Report on certain features of malaria in the island of Salsette
Disease focus: Malaria
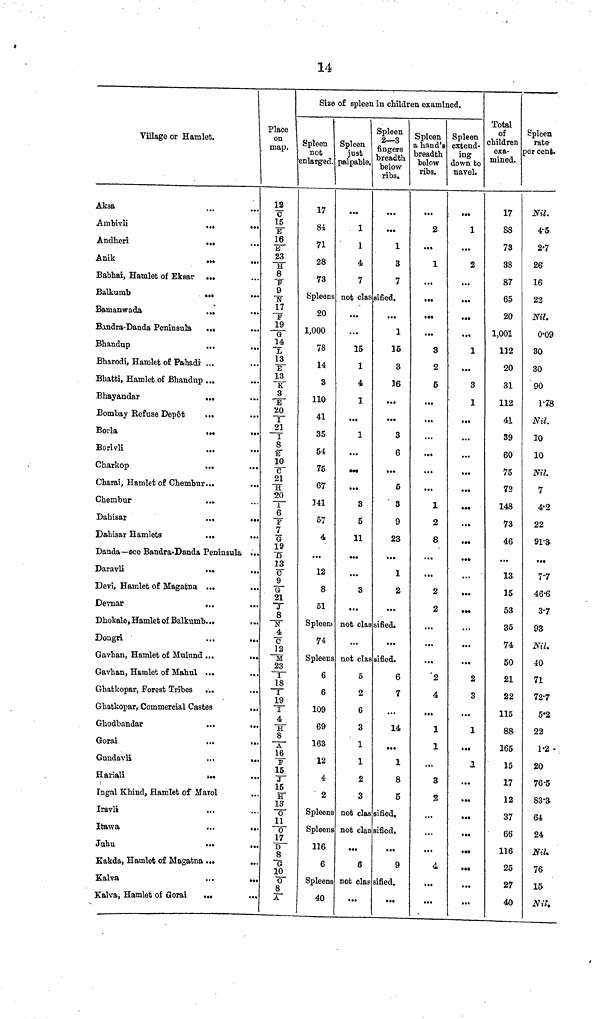
14
Village or Hamlet.
Aksa
Ambivli
...
...
Andheri
...
...
Anik
...
...
Babhai, Hamlet of Eksar ...
Balkumb
...
...
Bamanwada
...
Bandra-Danda Peninsula
...
Bhandup
...
..
Bharodi, Hamlet of Pahadi ...
Bhatti, Hamlet of Bhandup ...
Bhayandar
...
Bombay Refuse Depôt
...
Borla
... ...
Borivli
...
Charkop
...
Charai, Hamlet of
Chembur...
..
Chembur
...
Dabisar
...
••
Dahisar Hamlets
...
..
Danda—see Bandra-Danda Peninsula .
Daravli
...
Devi, Hamlet of Magatna ...
Devnar
...
Dhokale, Hamlet of Balkumb...
Dongri
Gavhan, Hamlet of Mulund ...
Gavhan, Hamlet of Mahul ...
Ghatkopar, Forest Tribes ...
Ghatkopar, Commercial Castes
.
Ghodbandar
...
•
Gorai
...
Gundavli
Hariali
...
Ingal Khind, Hamlet of Marol
Iravli
...
Itawa
Juhu
...
Kakda, Hamlet of Magatna ...
Kalva
Kalva, Hamlet of Gorai ...
Place
on
map.
12
C
15
E
16/E
23
H
8/ F
9/N
17/F
19/G
14/L
13
E
13
K
3
T 20/I
21
I
8
E
10
C
21/H
20
1
6
7
G
19/ D
13/C
9
G
21/ J
8/N
4
c
12
M
23
I
18
19
I
4
H
8/A
16/F
15/ J
15
H
13/O
11
0
17
...
D
8
G
10
...
0
8
• ••
A
Size of spleen in children examined.
Spleen
not
enlarged.
17
81
71
28
73
Spleen
just
palpable.
1
1
4
7
Spleen
2—3
fingers
breadth
below
ribs.
...
1
3
7
Spleens not classified.
20
1,000
78
14
3
110
41
35
54
75
67
141
57
4
12
8
51
...
...
15
1
4
1
...
1
...
...
...
3
5
11
3
...
1
15
3
16
...
...
3
6
...
6
3
9
23
1
2
Spleen.' not classified.
74
Spleen
6
6
109
69
163
12
4
2
Spleens
Spleens
116
6
Spleens
40
...
not classified.
5
2
6
3
1
1
2
3
6
7
14
1
8
5
not classified.
not classified.
6
9
not classified.
Spleen
a hand's
breadth
below
ribs.
2
...
1
...
...
...
...
3
2
5
...
...
...
...
...
...
1
2
8
...
...
2
2
2
4
1
1
3
S
...
Spleen
extend-
ing
down to
navel.
1
...
2
...
...
...
...
1
...
3
1
...
...
...
...
...
...
...
...
2
3
1
...
1
...
...
...
...
Total
of
children
exa-
mined.
17
88
73
38
87
65
20
1,001
112
20
31
112
41
39
60
75
72
148
73
46
13
15
53
35
74
50
21
22
115
88
165
15
17
12
37
6C
116
25
27
4k
Spleen
rate
per cent.
Nil.
4.5
2.7
26
16
22
Nil.
0.09
30
30
90
1.78
Nil.
10
10
Nil.
7
4.2
22
91.3
7.7
46.6
3.7
9S
Nil.
40
71
72.7
5.2
22
1.2
20
76.5
83.3
64
24
Nil.
5
76
15
)
Nil.